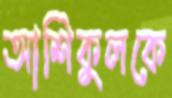
আশিকুলকে